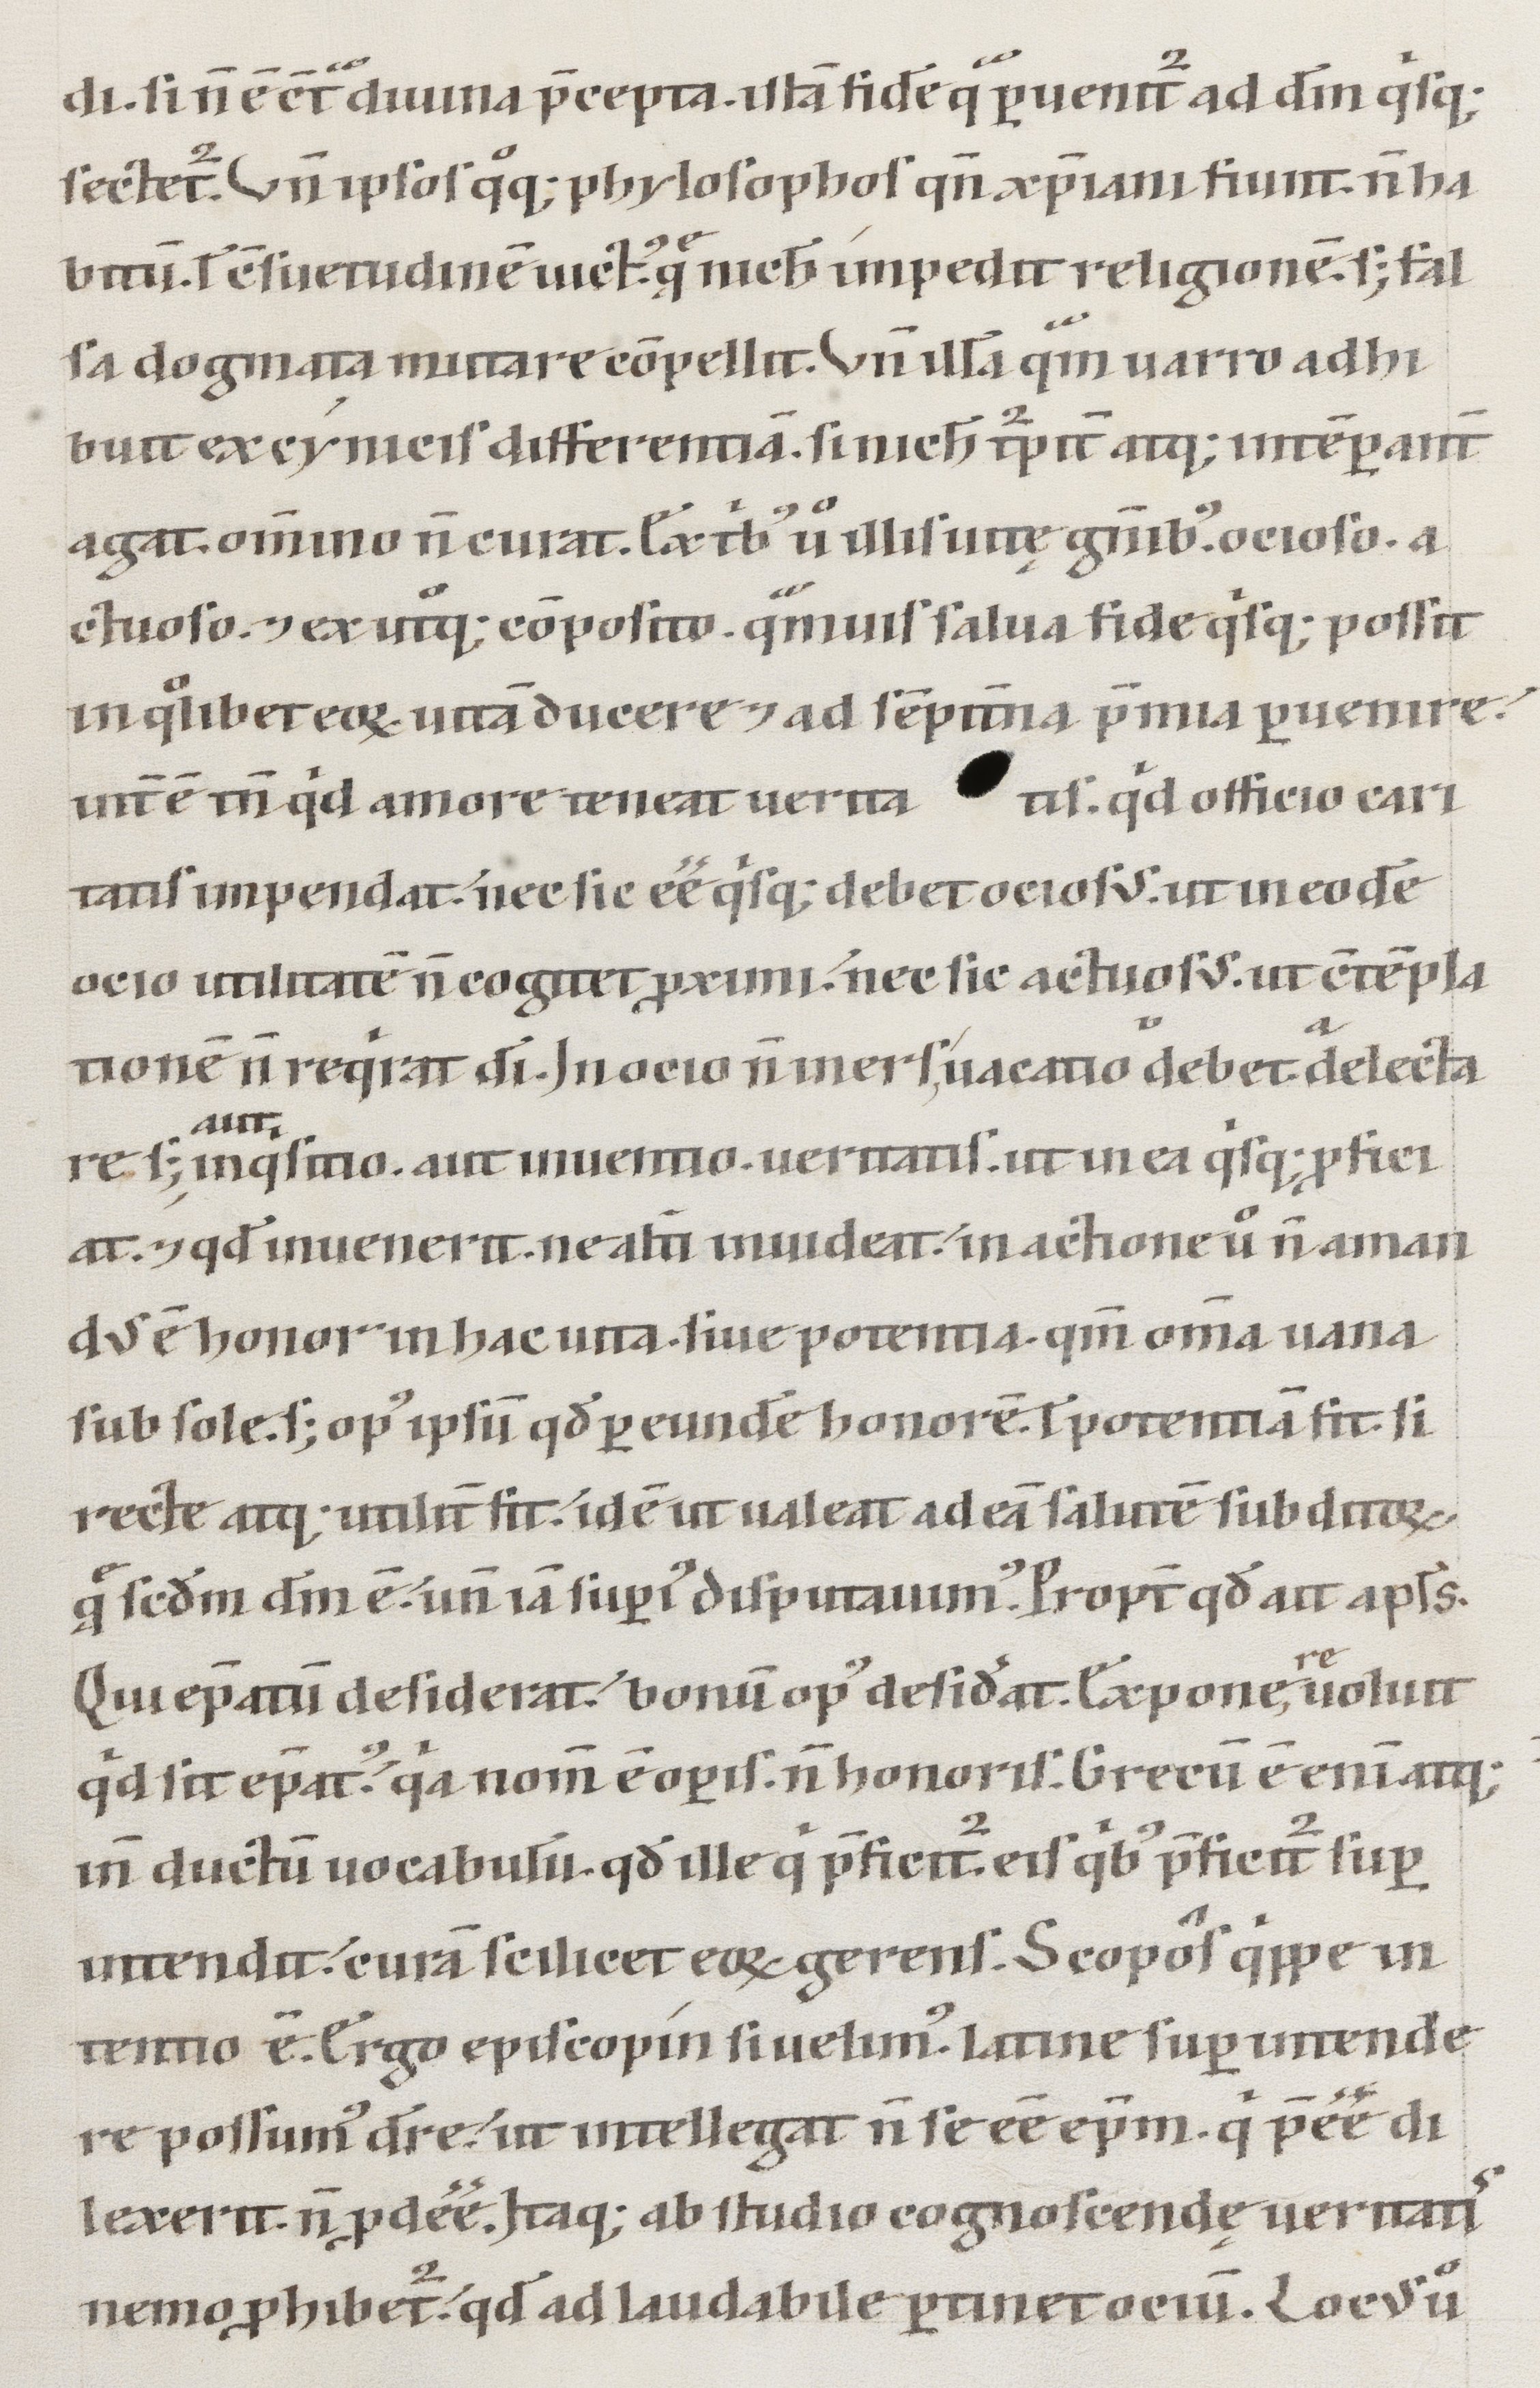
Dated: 1147–1178